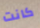
كانت